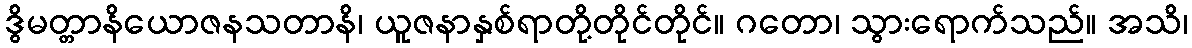
ဒွိမတ္တာနိယောဇနသတာနိ၊ ယူဇနာနှစ်ရာတို့တိုင်တိုင်။ ဂတော၊ သွားရောက်သည်။ အသိ၊